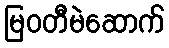
မြဝတီမဲဆောက်